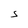
Character: S